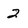
Character: 2